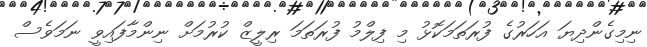
ނިމިގެންދިޔަ އަހަރުގެ ފުރަތަމަކޮޅު މި ފިލްމު ފުރަތަމަ ރިލީޒް ކުރުމަށް ނިންމާފައިވީ ނަމަވެސް